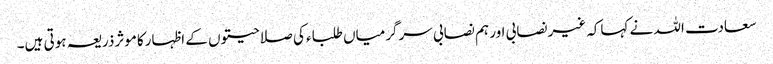
سعادت اللہ نے کہاکہ غیرنصابی اور ہم نصابی سرگرمیاں طلباء کی صلاحیتوں کے اظہارکاموثرذریعہ ہوتی ہیں۔